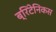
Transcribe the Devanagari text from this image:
ब्रिटेनिकस